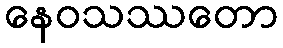
နေဝသဿတော